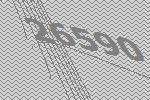
26590